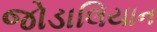
જોડાલિયાન